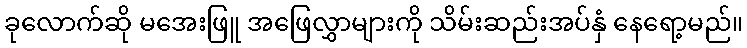
ခုလောက်ဆို မအေးဖြူ အဖြေလွှာများကို သိမ်းဆည်းအပ်နှံ နေရော့မည်။